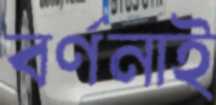
বর্ণনাই